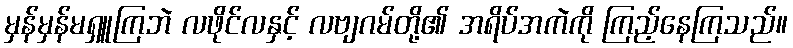
မှန်မှန်မရှူကြဘဲ လဖိုင်လနှင့် လဗျဂမ်တို့၏ အရိပ်အကဲကို ကြည့်နေကြသည်။